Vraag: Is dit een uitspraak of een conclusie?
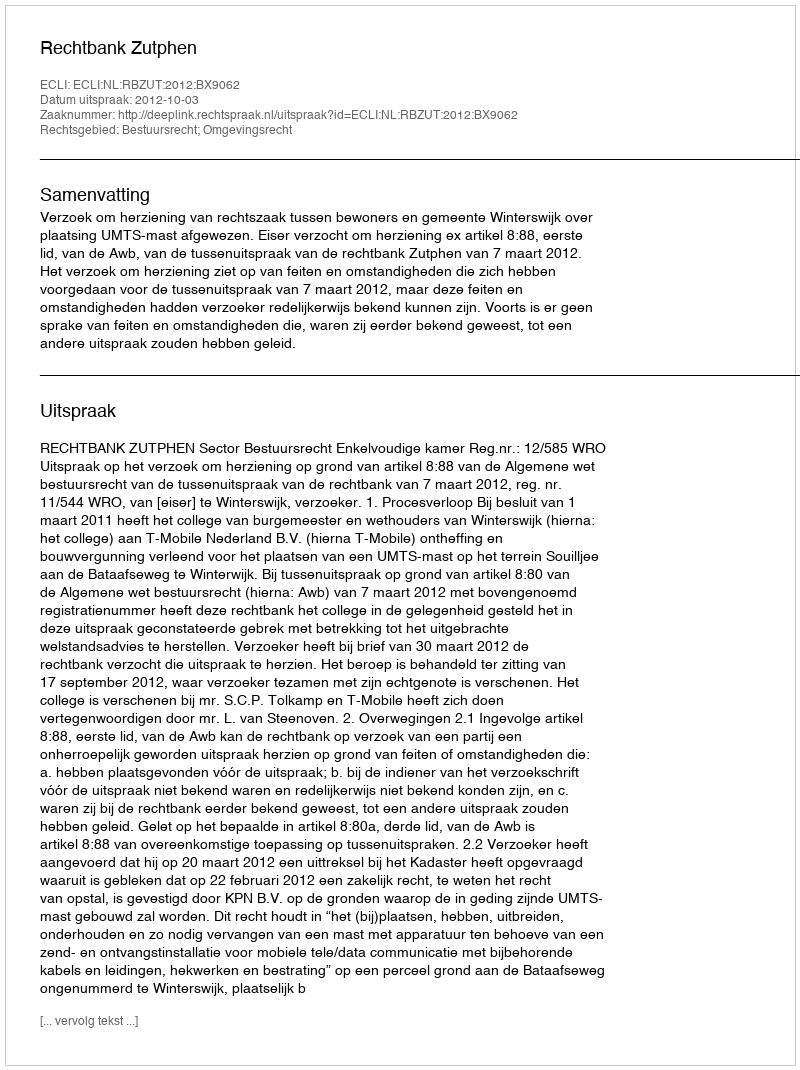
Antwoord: Uitspraak